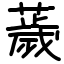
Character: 薉